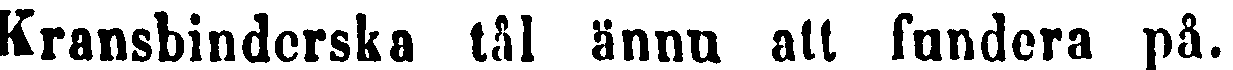
Kransbinderska tål ännu att fundera på.